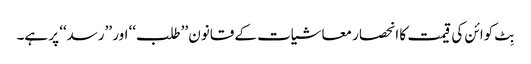
بِٹ کوائن کی قیمت کا انحصار معاشیات کے قانون ’’طلب‘‘ اور ’’رسد‘‘ پر ہے۔